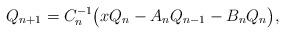
LaTeX: \begin{align*}Q_{n+1}=C_n^{-1}\big(xQ_{n}-A_{n}Q_{n-1}-B_{n}Q_{n}\big),\end{align*}